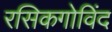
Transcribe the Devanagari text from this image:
रसिकगोविंद